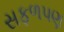
સફળપણ